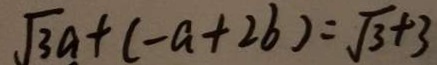
\sqrt { 3 } a + ( - a + 2 b ) = \sqrt { 3 } + 3